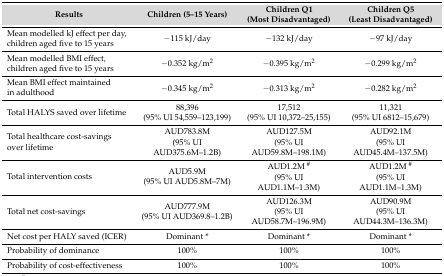
| Results | Children (5–15 Years) | Children Q1 (Most Disadvantaged) | Children Q5 (Least Disadvantaged) |
 | --- | --- | --- | --- |
 | Mean modelled kJ effect per day, children aged five to 15 years | −115 kJ/day | −132 kJ/day | −97 kJ/day |
 | Mean modelled BMI effect, children aged five to 15 years | −0.352 kg/m2 | −0.395 kg/m2 | −0.299 kg/m2 |
 | Mean BMI effect maintained in adulthood | −0.345 kg/m2 | −0.313 kg/m2 | −0.282 kg/m2 |
 | Total HALYS saved over lifetime | 88,396(95% UI 54,559–123,199) | 17,512(95% UI 10,372–25,155) | 11,321(95% UI 6812–15,679) |
 | Total healthcare cost-savings over lifetime | AUD783.8M(95% UI AUD375.6M–1.2B) | AUD127.5M(95% UI AUD59.8M–198.1M) | AUD92.1M(95% UI AUD45.4M–137.5M) |
 | Total intervention costs | AUD5.9M(95% UI AUD5.8M–7M) | AUD1.2M #(95% UI AUD1.1M–1.3M) | AUD1.2M #(95% UI AUD1.1M–1.3M) |
 | Total net cost-savings | AUD777.9M(95% UI AUD369.8–1.2B) | AUD126.3M(95% UI AUD58.7M–196.9M) | AUD90.9M(95% UI AUD44.3M–136.3M) |
 | Net cost per HALY saved (ICER) | Dominant * | Dominant * | Dominant * |
 | Probability of dominance | 100% | 100% | 100% |
 | Probability of cost-effectiveness | 100% | 100% | 100% |